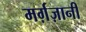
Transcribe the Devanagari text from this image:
मर्ग़ज़ानी